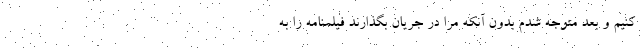
کنیم و بعد متوجه شدم بدون آنکه مرا در جریان بگذارند فیلمنامه را به